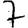
Digit: 7